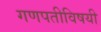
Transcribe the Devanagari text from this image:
गणपतीविषयी